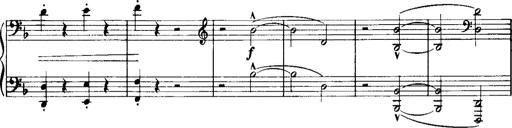
Title: Historische ungarische Bildnisse
Composer: Franz Liszt